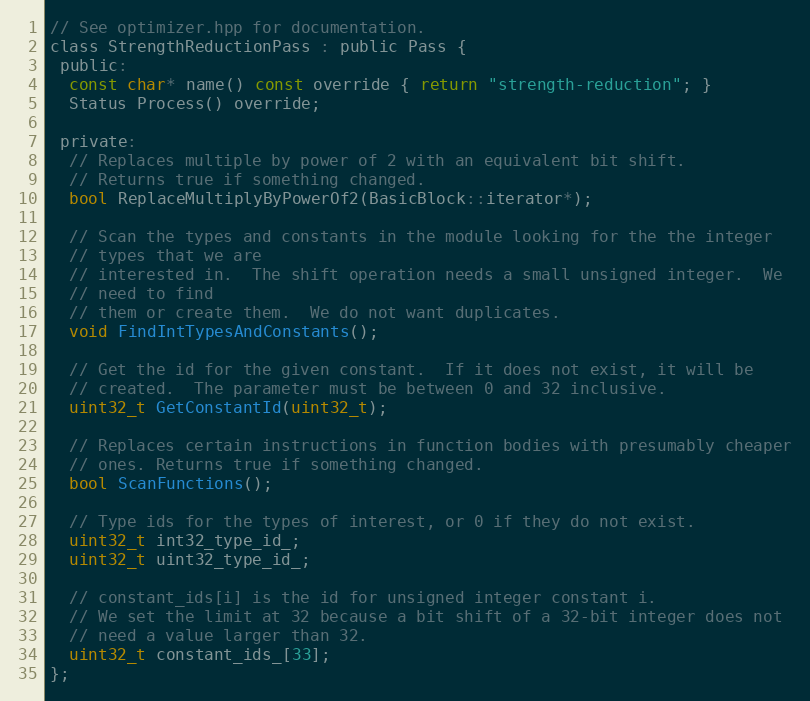
Language: C
// See optimizer.hpp for documentation.
class StrengthReductionPass : public Pass {
 public:
  const char* name() const override { return "strength-reduction"; }
  Status Process() override;

 private:
  // Replaces multiple by power of 2 with an equivalent bit shift.
  // Returns true if something changed.
  bool ReplaceMultiplyByPowerOf2(BasicBlock::iterator*);

  // Scan the types and constants in the module looking for the the integer
  // types that we are
  // interested in.  The shift operation needs a small unsigned integer.  We
  // need to find
  // them or create them.  We do not want duplicates.
  void FindIntTypesAndConstants();

  // Get the id for the given constant.  If it does not exist, it will be
  // created.  The parameter must be between 0 and 32 inclusive.
  uint32_t GetConstantId(uint32_t);

  // Replaces certain instructions in function bodies with presumably cheaper
  // ones. Returns true if something changed.
  bool ScanFunctions();

  // Type ids for the types of interest, or 0 if they do not exist.
  uint32_t int32_type_id_;
  uint32_t uint32_type_id_;

  // constant_ids[i] is the id for unsigned integer constant i.
  // We set the limit at 32 because a bit shift of a 32-bit integer does not
  // need a value larger than 32.
  uint32_t constant_ids_[33];
};